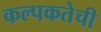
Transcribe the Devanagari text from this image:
कल्पकतेची